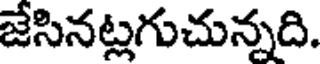
జేసినట్లగుచున్నది.